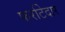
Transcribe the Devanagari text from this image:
फर्राटेदार